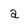
Character: a